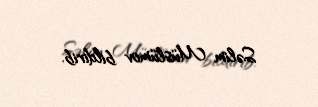
Səlim Müslümov bildirib.